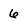
Character: 6